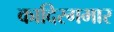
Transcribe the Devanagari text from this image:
कादिरगमार